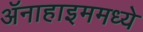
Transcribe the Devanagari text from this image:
ॲनाहाइममध्ये